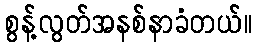
စွန့်လွတ်အနစ်နာခံတယ်။